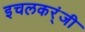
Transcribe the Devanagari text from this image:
इचलकर्ंजी